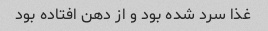
غذا سرد شده بود و از دهن افتاده بود